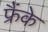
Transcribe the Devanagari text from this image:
फ्रैंके